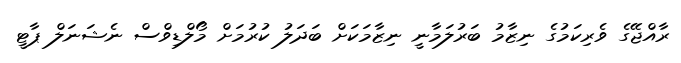
ރާއްޖޭގެ ވެރިކަމުގެ ނިޒާމު ބަރުލަމާނީ ނިޒާމަކަށް ބަދަލު ކުރުމަށް މޯލްޑިވްސް ނެޝަނަލް ޕާޓީ